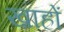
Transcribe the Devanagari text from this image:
ख़ाहों